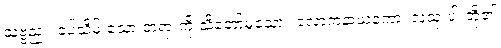
သဗ္ဗညူ၊ ခပ်သိမ်းသော တရားကို သိတော်မူသော။ လောကနာယကော၊ လူသုံးပါးတို့၏